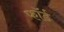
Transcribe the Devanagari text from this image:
फॉर्ड